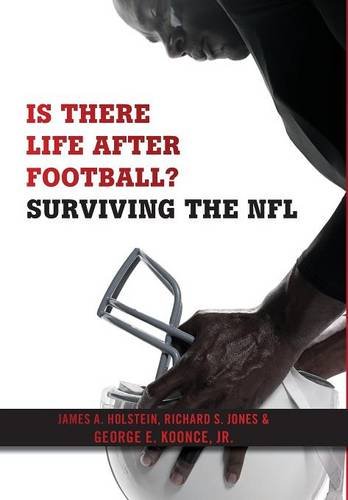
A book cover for Is There Life After Football?: Surviving the NFL; James  A. Holstein; Sports & Outdoors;